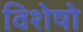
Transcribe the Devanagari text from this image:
विशेषो